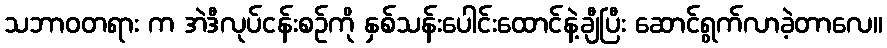
သဘာဝတရား က အဲဒီလုပ်ငန်းစဉ်ကို နှစ်သန်းပေါင်းထောင်နဲ့ချီပြီး ဆောင်ရွက်လာခဲ့တာလေ။